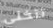
تتخلي